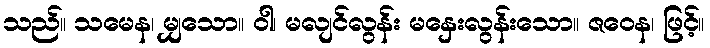
သည်။ သမေန၊ မျှသော။ ဝါ၊ မလျင်လွန်း မနှေးလွန်းသော။ ဇဝေန၊ ဖြင့်။